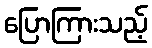
ပြောကြားသည့်